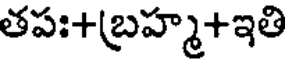
తపః+బ్రహ్మ+ఇతి